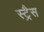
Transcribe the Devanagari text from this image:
स्ट्रैस